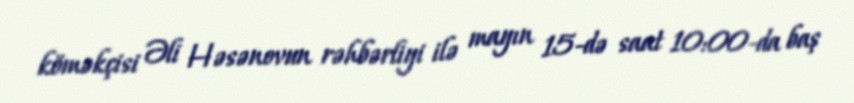
köməkçisi Əli Həsənovun rəhbərliyi ilə mayın 15-də saat 10:00-da baş